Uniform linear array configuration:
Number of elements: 32
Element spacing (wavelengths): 0.5
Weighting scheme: hann
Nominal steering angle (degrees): -15
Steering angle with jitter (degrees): -16.127
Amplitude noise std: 0.05
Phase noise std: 0.05

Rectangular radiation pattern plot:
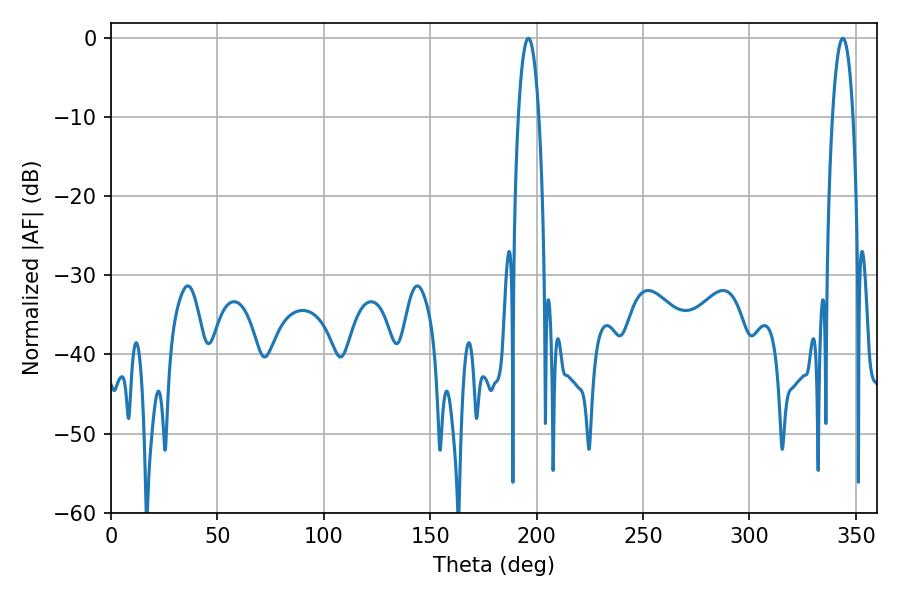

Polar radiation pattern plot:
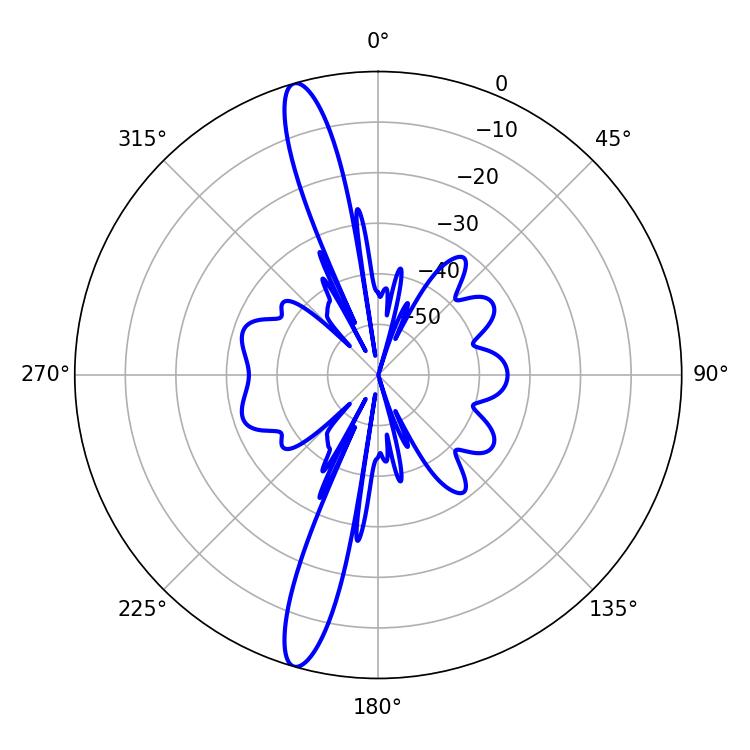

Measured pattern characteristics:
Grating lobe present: FALSE
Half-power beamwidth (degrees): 5.4
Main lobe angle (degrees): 343.8